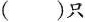
()只